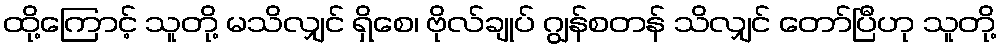
ထို့ကြောင့် သူတို့ မသိလျှင် ရှိစေ၊ ဗိုလ်ချုပ် ဂျွန်စတန် သိလျှင် တော်ပြီဟု သူတို့